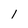
Character: 1